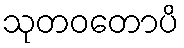
သုတဝတောပိ